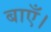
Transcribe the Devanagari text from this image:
बाएँ।